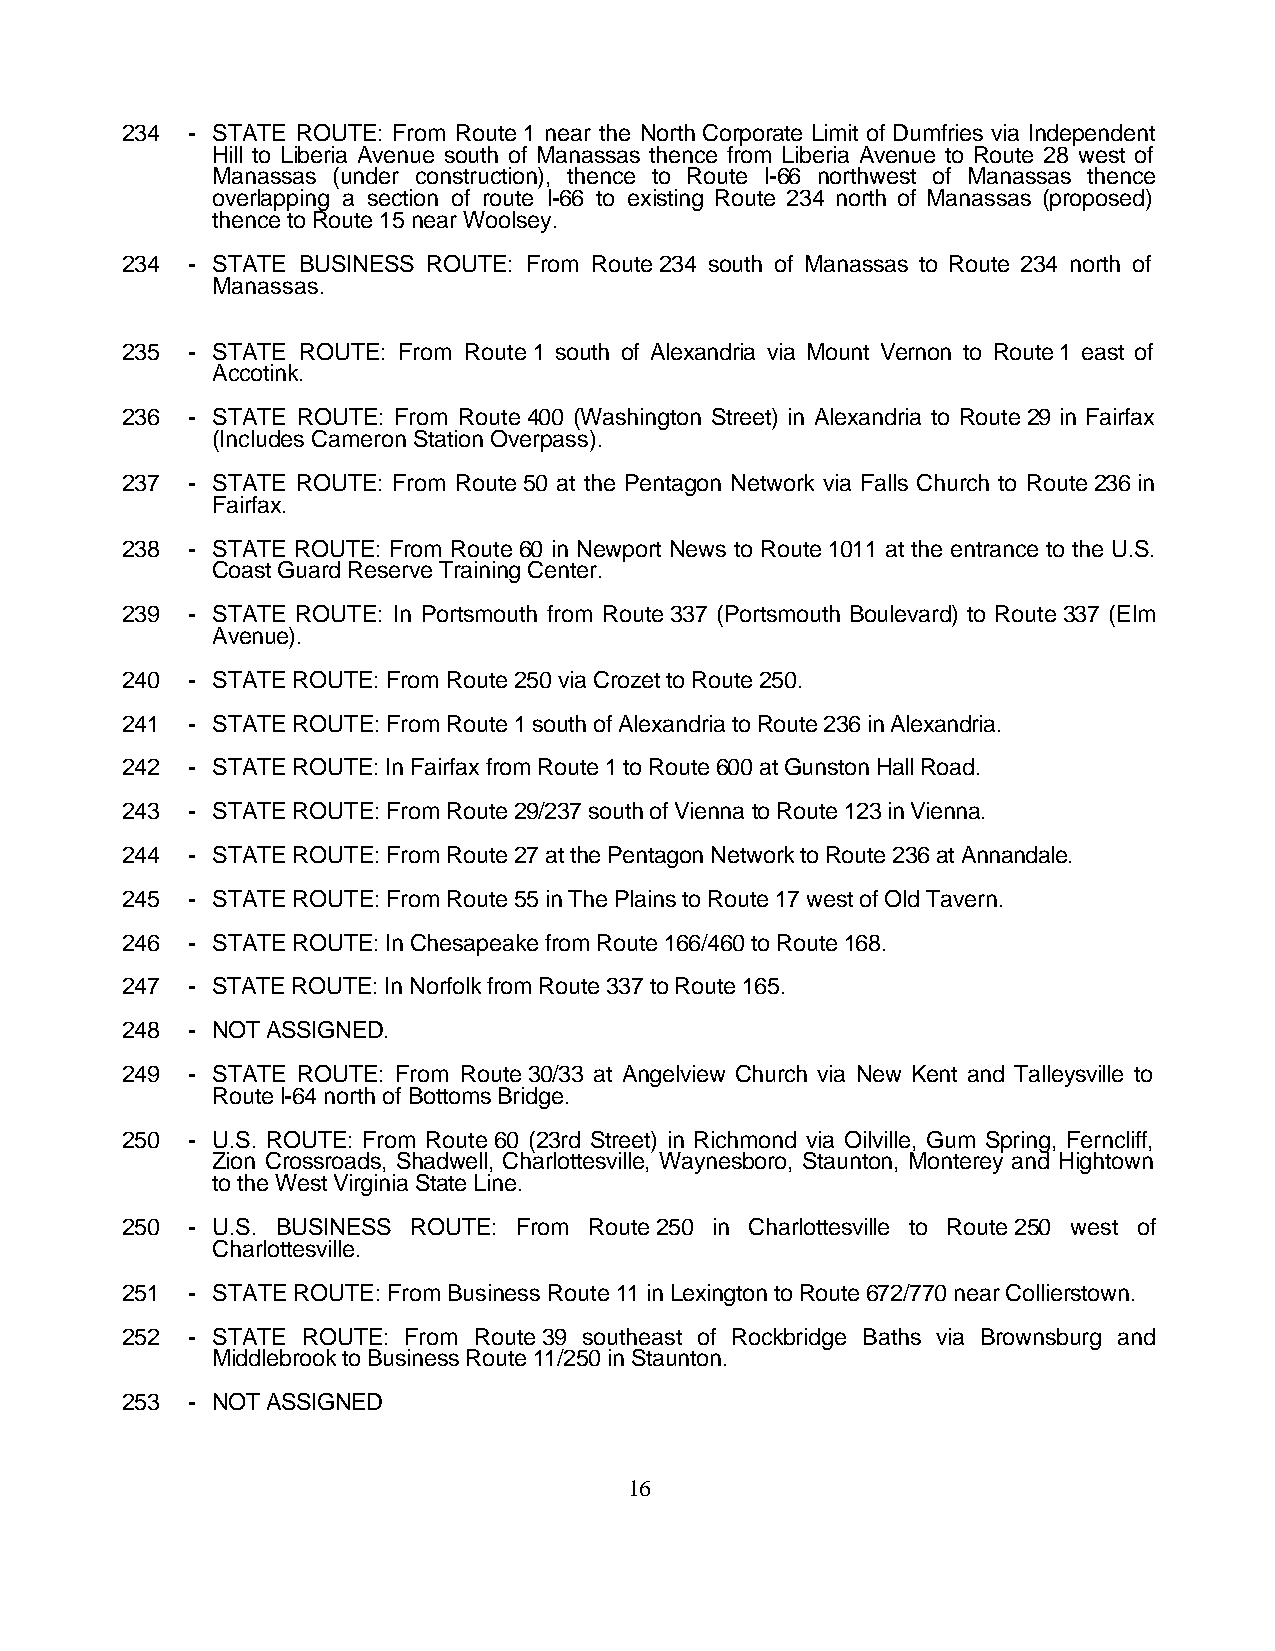
234 - STATE ROUTE: From Route 1 near the North Corporate Limit of Dumfries via Independent
 Hill to Liberia Avenue south of Manassas thence from Liberia Avenue to Route 28 west of
 Manassas (under construction), thence to Route I-66 northwest of Manassas thence
 overlapping a section of route I-66 to existing Route 234 north of Manassas (proposed)
 thence to Route 15 near Woolsey.
 234 - STATE BUSINESS ROUTE: From Route 234 south of Manassas to Route 234 north of
 Manassas.
 235 - STATE ROUTE: From Route 1 south of Alexandria via Mount Vernon to Route 1 east of
 Accotink.
 236 - STATE ROUTE: From Route 400 (Washington Street) in Alexandria to Route 29 in Fairfax
 (Includes Cameron Station Overpass).
 237 - STATE ROUTE: From Route 50 at the Pentagon Network via Falls Church to Route 236 in
 Fairfax.
 238 - STATE ROUTE: From Route 60 in Newport News to Route 1011 at the entrance to the U.S.
 Coast Guard Reserve Training Center.
 239 - STATE ROUTE: In Portsmouth from Route 337 (Portsmouth Boulevard) to Route 337 (Elm
 Avenue).
 240 - STATE ROUTE: From Route 250 via Crozet to Route 250.
 241 - STATE ROUTE: From Route 1 south of Alexandria to Route 236 in Alexandria.
 242 - STATE ROUTE: In Fairfax from Route 1 to Route 600 at Gunston Hall Road.
 243 - STATE ROUTE: From Route 29/237 south of Vienna to Route 123 in Vienna.
 244 - STATE ROUTE: From Route 27 at the Pentagon Network to Route 236 at Annandale.
 245 - STATE ROUTE: From Route 55 in The Plains to Route 17 west of Old Tavern.
 246 - STATE ROUTE: In Chesapeake from Route 166/460 to Route 168.
 247 - STATE ROUTE: In Norfolk from Route 337 to Route 165.
 248 - NOT ASSIGNED.
 249 - STATE ROUTE: From Route 30/33 at Angelview Church via New Kent and Talleysville to
 Route I-64 north of Bottoms Bridge.
 250 - U.S. ROUTE: From Route 60 (23rd Street) in Richmond via Oilville, Gum Spring, Ferncliff,
 Zion Crossroads, Shadwell, Charlottesville, Waynesboro, Staunton, Monterey and Hightown
 to the West Virginia State Line.
 250 - U.S. BUSINESS ROUTE: From Route 250 in Charlottesville to Route 250 west of
 Charlottesville.
 251 - STATE ROUTE: From Business Route 11 in Lexington to Route 672/770 near Collierstown.
 252 - STATE ROUTE: From Route 39 southeast of Rockbridge Baths via Brownsburg and
 Middlebrook to Business Route 11/250 in Staunton.
 253 - NOT ASSIGNED
 16